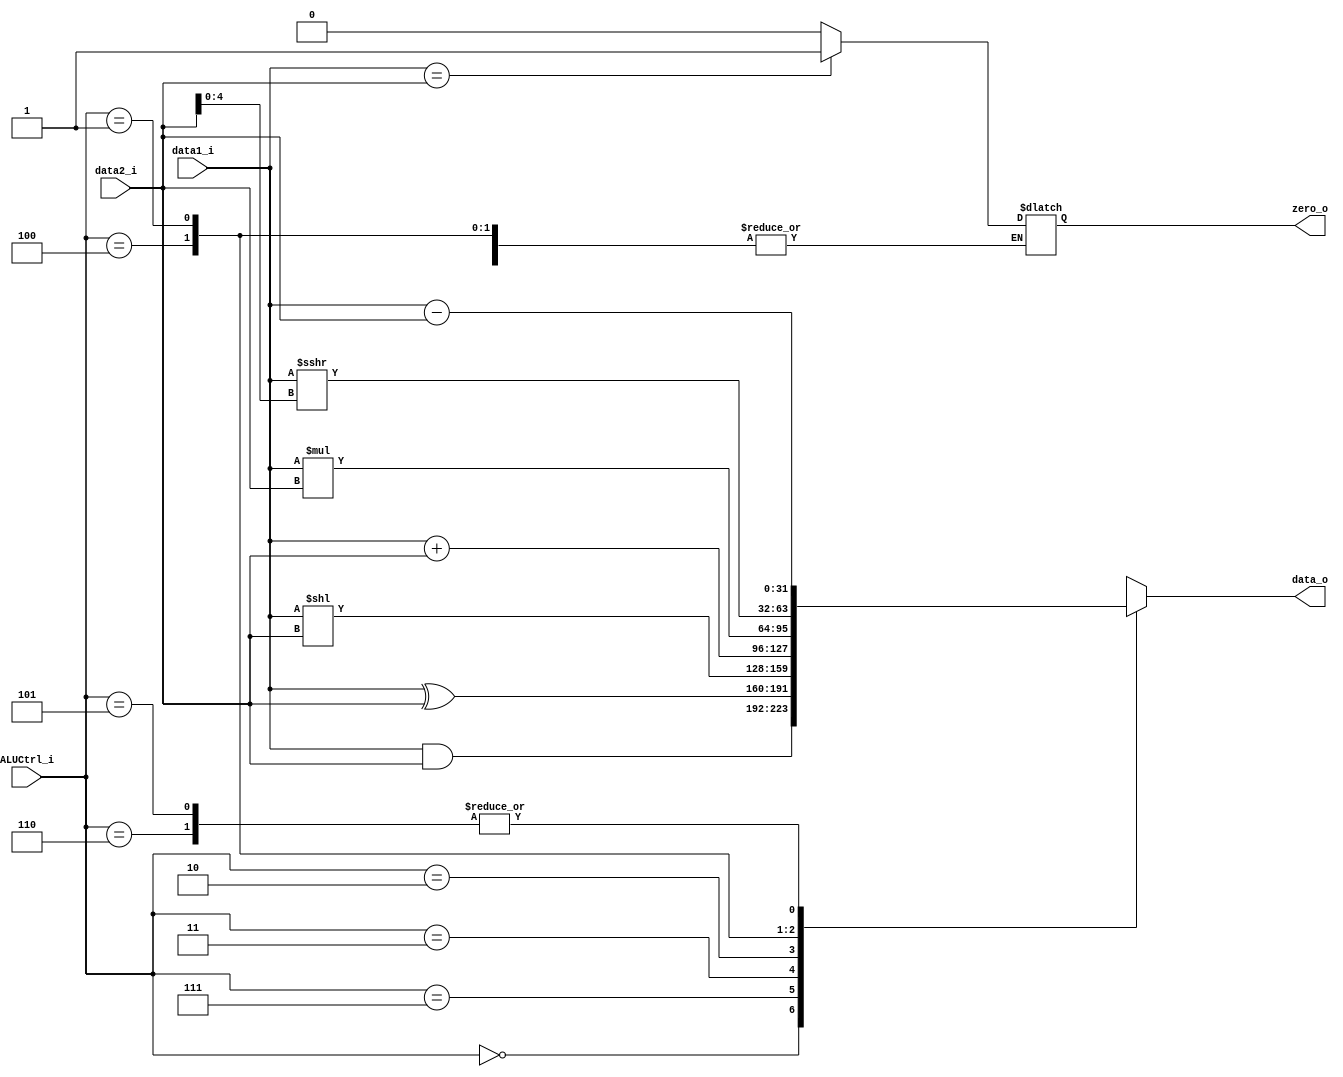
module ALU(
    input signed [31:0] data1_i   ,
    input signed [31:0] data2_i   ,
    input signed [2:0]  ALUCtrl_i ,
    output signed [31:0] data_o,
    output reg zero_o
);
reg signed [31:0] data;
assign data_o = data;
always @(*)
begin
    case (ALUCtrl_i)
        3'b000 : data = data1_i & data2_i; // and
        3'b111 : data = data1_i ^ data2_i; // xor
        3'b011 : data = data1_i << data2_i; // sll
        3'b010 : data = data1_i + data2_i; // add, addi
        3'b110 : data = data1_i - data2_i; // sub
        3'b100 : data = data1_i * data2_i; // mul
        3'b001 : data = data1_i >>> data2_i[4:0]; // srai
        3'b101 : begin
                    data = data1_i - data2_i;
                    zero_o = (data1_i == data2_i) ? 1 : 0;
                 end
    endcase
end
endmodule